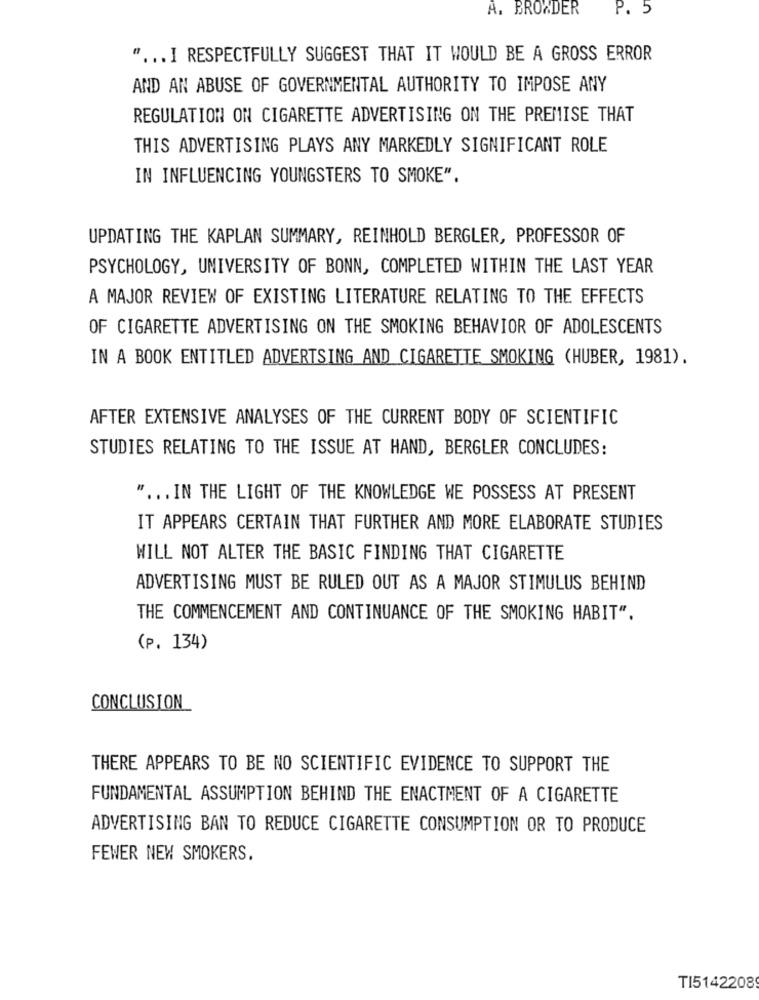
A. BROWDER
P. 5
" ... I RESPECTFULLY SUGGEST THAT IT WOULD BE A GROSS ERROR
AND AN ABUSE OF GOVERNMENTAL AUTHORITY TO IMPOSE ANY
REGULATION ON CIGARETTE ADVERTISING ON THE PREMISE THAT
THIS ADVERTISING PLAYS ANY MARKEDLY SIGNIFICANT ROLE
IN INFLUENCING YOUNGSTERS TO SMOKE".
UPDATING THE KAPLAN SUMMARY, REINHOLD BERGLER, PROFESSOR OF
PSYCHOLOGY, UNIVERSITY OF BONN, COMPLETED WITHIN THE LAST YEAR
A MAJOR REVIEW OF EXISTING LITERATURE RELATING TO THE EFFECTS
OF CIGARETTE ADVERTISING ON THE SMOKING BEHAVIOR OF ADOLESCENTS
IN A BOOK ENTITLED ADVERTSING AND CIGARETTE SMOKING (HUBER, 1981).
AFTER EXTENSIVE ANALYSES OF THE CURRENT BODY OF SCIENTIFIC
STUDIES RELATING TO THE ISSUE AT HAND, BERGLER CONCLUDES:
" ... IN THE LIGHT OF THE KNOWLEDGE WE POSSESS AT PRESENT
IT APPEARS CERTAIN THAT FURTHER AND MORE ELABORATE STUDIES
WILL NOT ALTER THE BASIC FINDING THAT CIGARETTE
ADVERTISING MUST BE RULED OUT AS A MAJOR STIMULUS BEHIND
THE COMMENCEMENT AND CONTINUANCE OF THE SMOKING HABIT".
(P. 134)
CONCLUSION
THERE APPEARS TO BE NO SCIENTIFIC EVIDENCE TO SUPPORT THE
FUNDAMENTAL ASSUMPTION BEHIND THE ENACTMENT OF A CIGARETTE
ADVERTISING BAN TO REDUCE CIGARETTE CONSUMPTION OR TO PRODUCE
FEWER NEW SMOKERS.
TI5142208